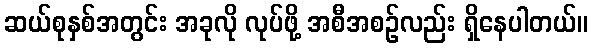
ဆယ်စုနှစ်အတွင်း အခုလို လုပ်ဖို့ အစီအစဉ်လည်း ရှိနေပါတယ်။